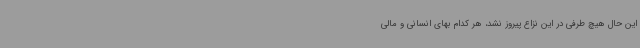
این حال هیچ طرفی در این نزاع پیروز نشد، هر کدام بهای انسانی و مالی